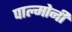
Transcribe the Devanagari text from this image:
पाल्मोनी